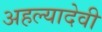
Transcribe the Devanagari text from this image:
अहल्यादेवी